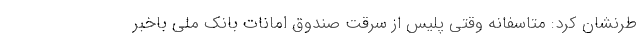
طرنشان کرد: متاسفانه وقتی پلیس از سرقت صندوق امانات بانک ملی باخبر